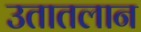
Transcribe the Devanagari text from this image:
उतातलान